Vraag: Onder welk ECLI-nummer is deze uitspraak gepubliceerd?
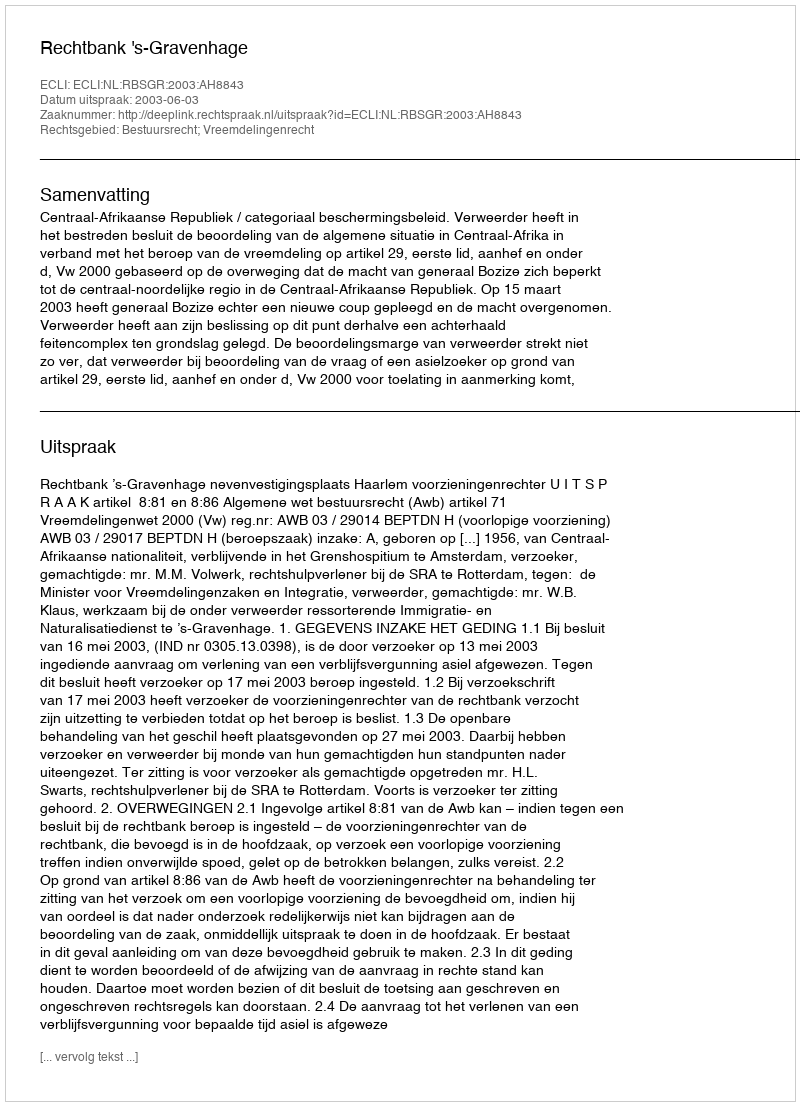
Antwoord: ECLI:NL:RBSGR:2003:AH8843